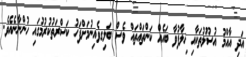
އަދި އާއްމު އުސޫލުތަކާއި ޚިލާފުވާ ބައެއް ކަންތައްތައް ވެސް ބަލިގވެއިނުމަށްފަހު ކަސްރަތުކުރުމުގައި ހުންނާނެއެވެ.